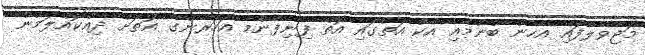
މަޖާވެލާފައި އެހެން ބުނުމާއި އެކު އަތުގައި އޮތް ފިނިފެންމާ އަހަރެންގެ އަތަށް ދިއްކޮއްލަމުން